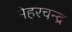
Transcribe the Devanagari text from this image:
मेहरचन्द्र